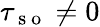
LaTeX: \tau_{\mathrm{~s~o~}}\neq 0